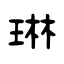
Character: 琳